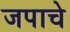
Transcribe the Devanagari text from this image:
जपाचे